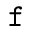
\mathtt { f }